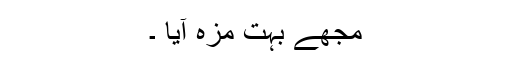
مجھے بہت مزہ آیا ۔